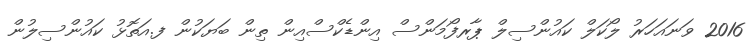
2016 ވަނައަހަރު ލޯކަލް ކައުންސިލް ޕާރފޯމަންސް އިންޑެކްސްއިން ތިން ބަޔަކުން ފ.އަތޮޅު ކައުންސިލުން